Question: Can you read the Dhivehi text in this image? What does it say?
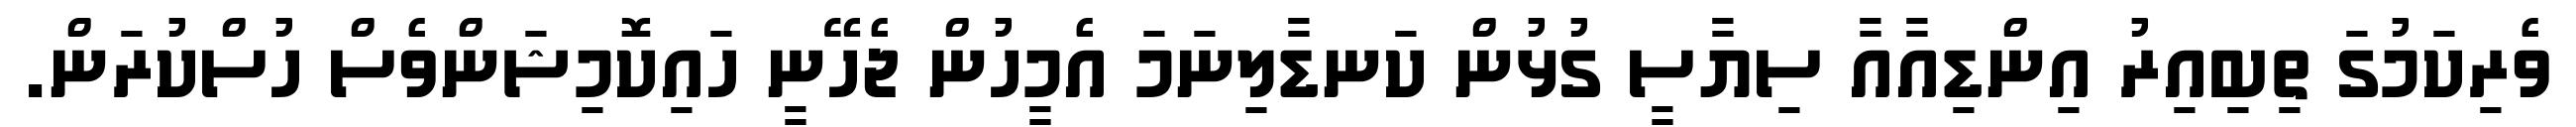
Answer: ވެރިކަމުގަ ތިބިއިރު އިންޑިއާއާ ސިޔާސީ ގުޅުން ކަނޑާލިނަމަ އެމީހުން ޖެހޭނީ ހައިކޮމިޝަންވެސް ހުސްކުރަން.